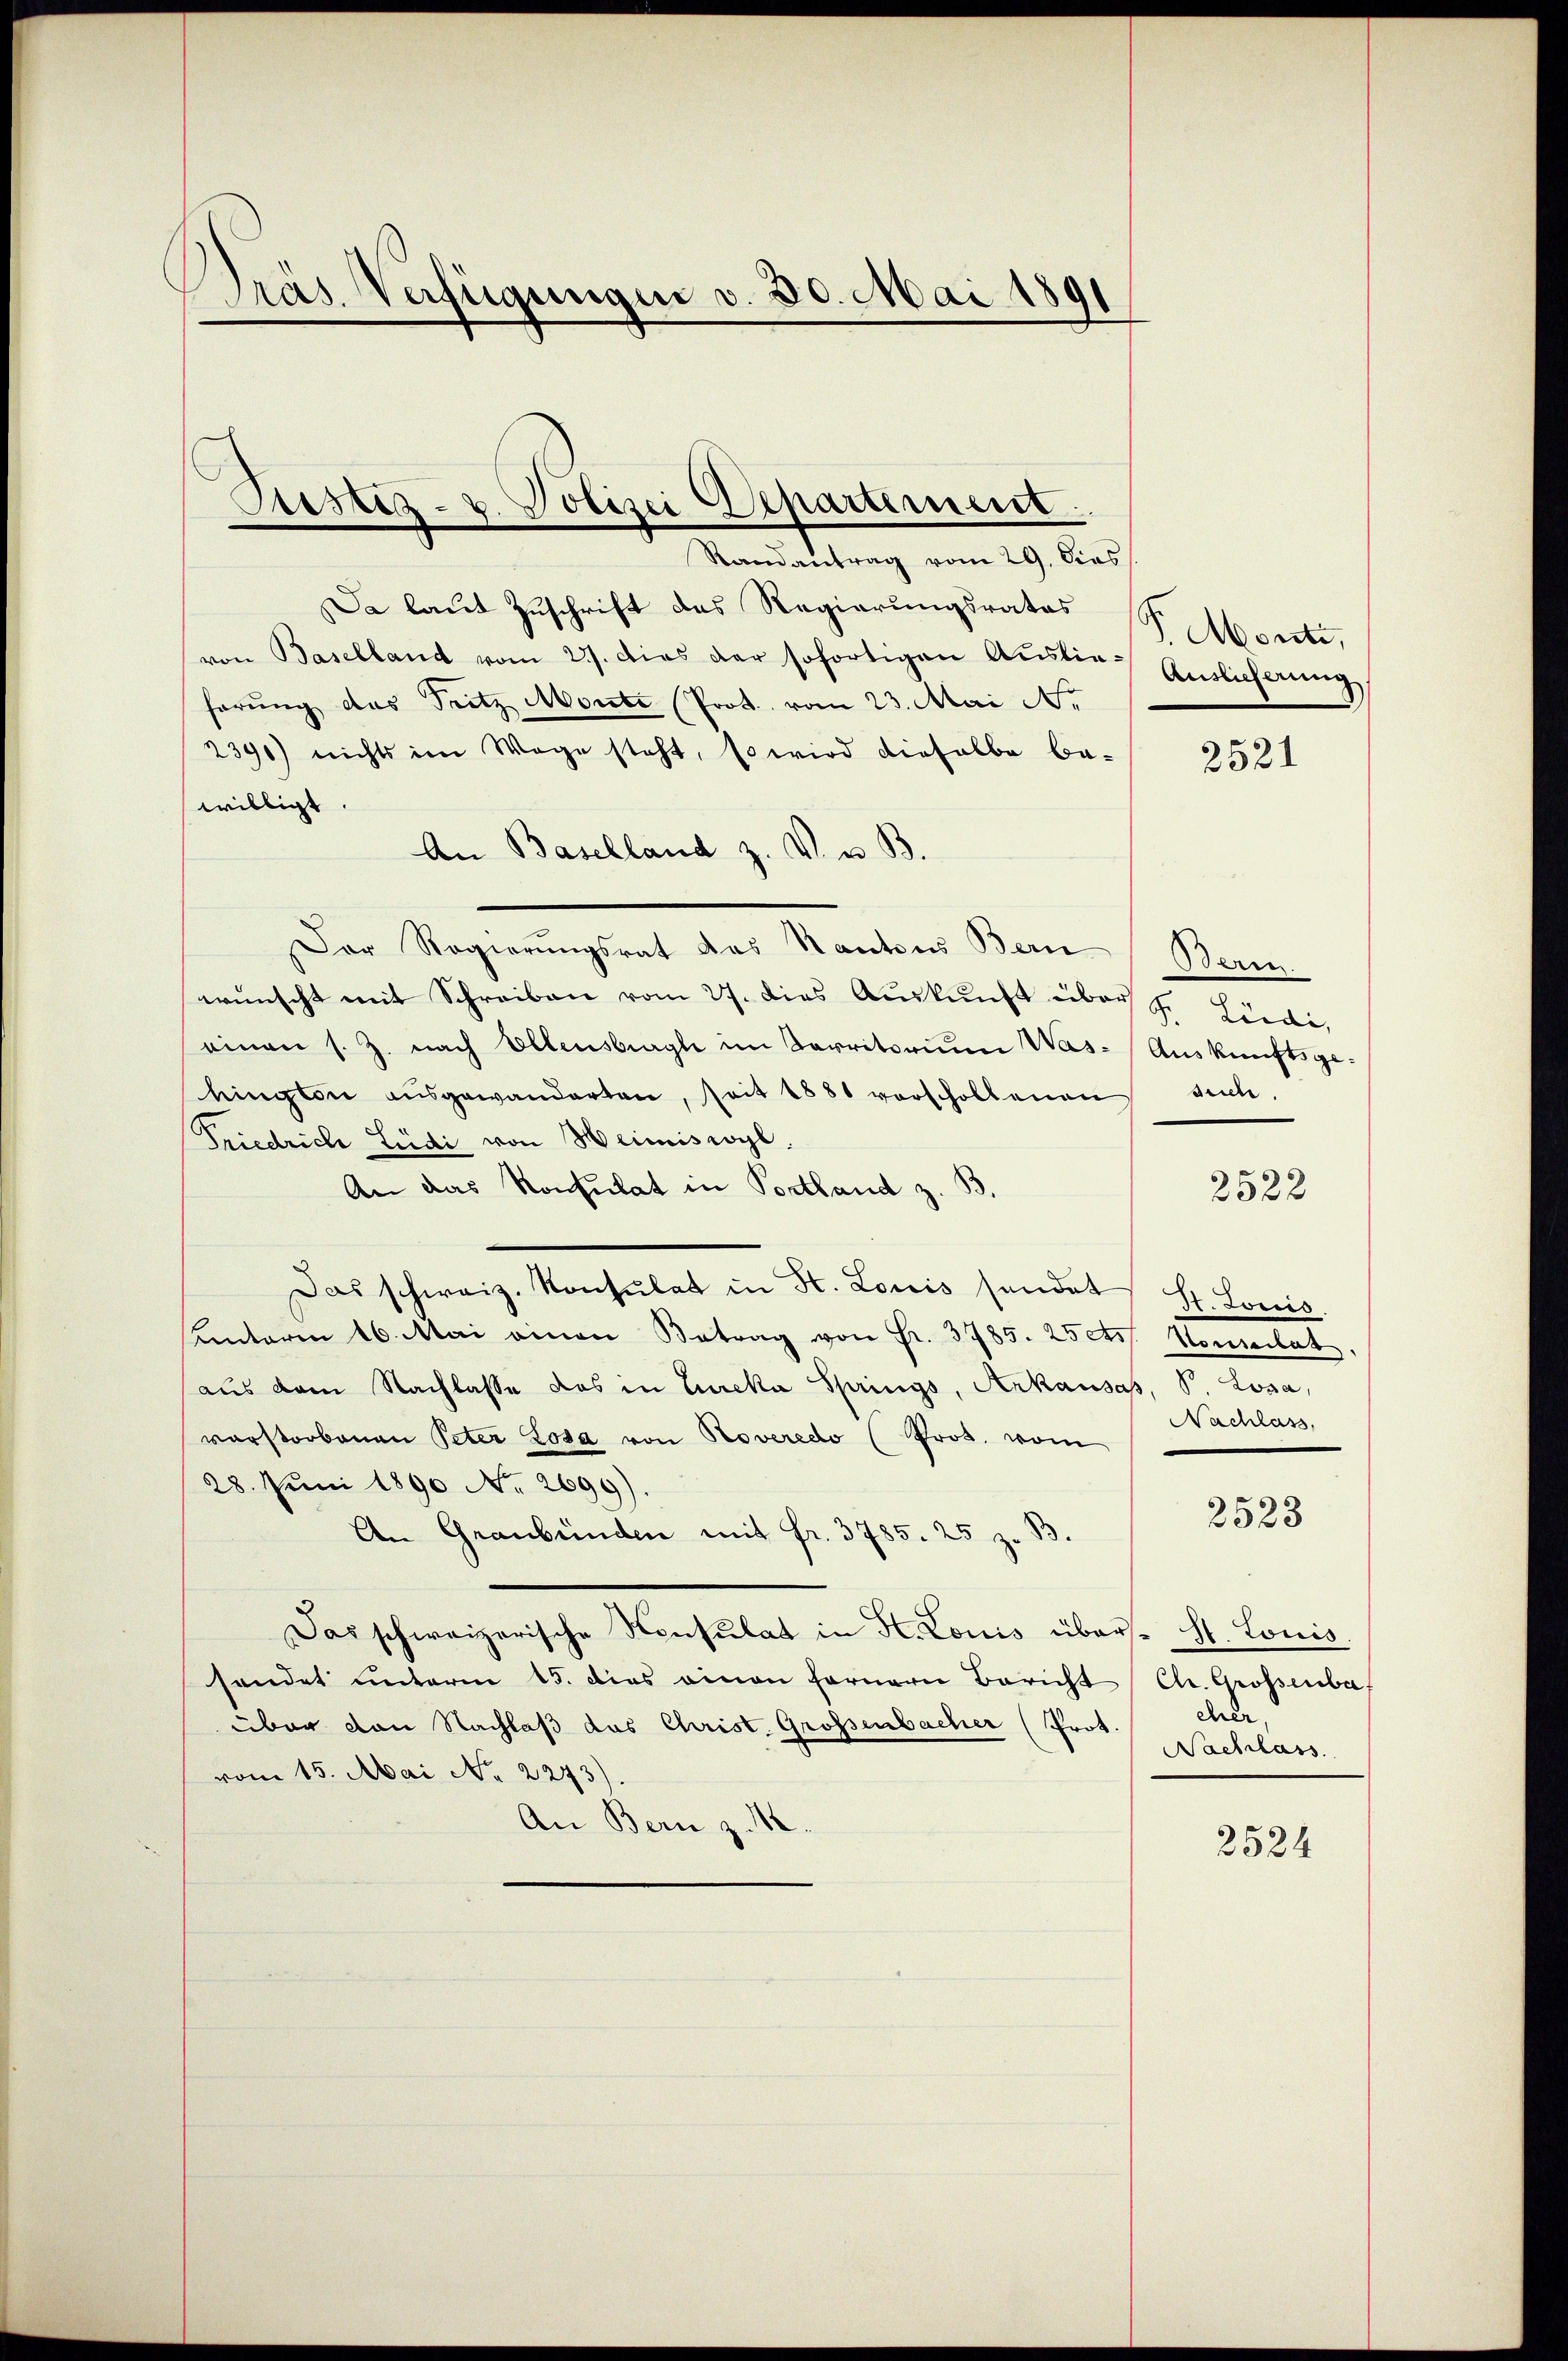
Präs. Verfügungen v. 30. Mai 1891

Justiz- u. Polizei Departiment.
Randantrag vom 29. Dies

Da laut Zuschrift des Regierungsrates P. Monte,
von Baselland vom 27. dies der sofortigen Ausliehörung das Tritz Monte (Prot. vom 23. Mai A.
2390) nichts im Wege steht, so wird dieselbe be-
willigt
An Baselland z. V. u. B.
Der Regierungsrat das Kantons Bern
wünscht mit Schreiben vom 27. dies Auskunft über d. Linde,
einen s. Z. nach Ellensbegle im Karritorium Washington ausgewanderten, seit 1881 vorschollenen
Friedrich Ludi von Heimiswyl,
An das Konsulat in Postland z. B.
Das schweiz. Konsulat in H. Louis sendet
Unterm 16. Mai einen Betrag von Fr. 3785. 25 cts. Homertat
aus dem Nachlasse das in Lureka Springs, Arkausas, V Losa,
verstorbenen Peter Lota von Noveredo (Pros. vom
28. Juni 1890 No. 2699).
An Graubünden mit fr. 3785. 25 z. B.
Das schweizerische Konsulat in St. Louis über- St. Louis
sendet unterm 15. dies einen fernern Bericht
über von Nachlaß das Christ. Grossenbacher (Prot.
vom 15. Mai No 2243).
An Bern z. 18

Auslicherung

2521

Bern.
Auskunftsgesuche.

2522

St. Louis
Nachlass

2523

Chr. Grossenba
ehrer
Nachlass

2524